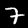
Digit: 7